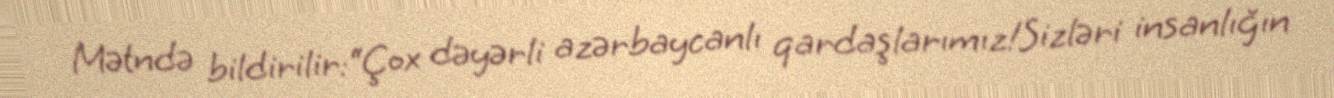
Mətndə bildirilir:“Çox dəyərli azərbaycanlı qardaşlarımız!Sizləri insanlığın